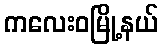
ကလေးဝမြို့နယ်